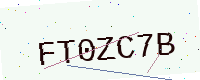
Text: FT0ZC7B